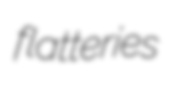
flatteries